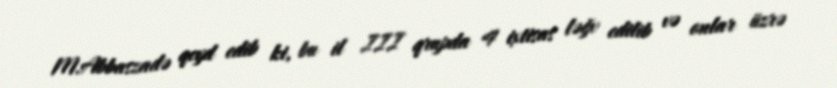
M.Abbaszadə qeyd edib ki, bu il III qrupda 4 ixtisas ləğv edilib və onlar üzrə